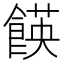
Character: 䭊